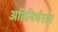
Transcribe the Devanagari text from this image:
अतिनिर्भरता